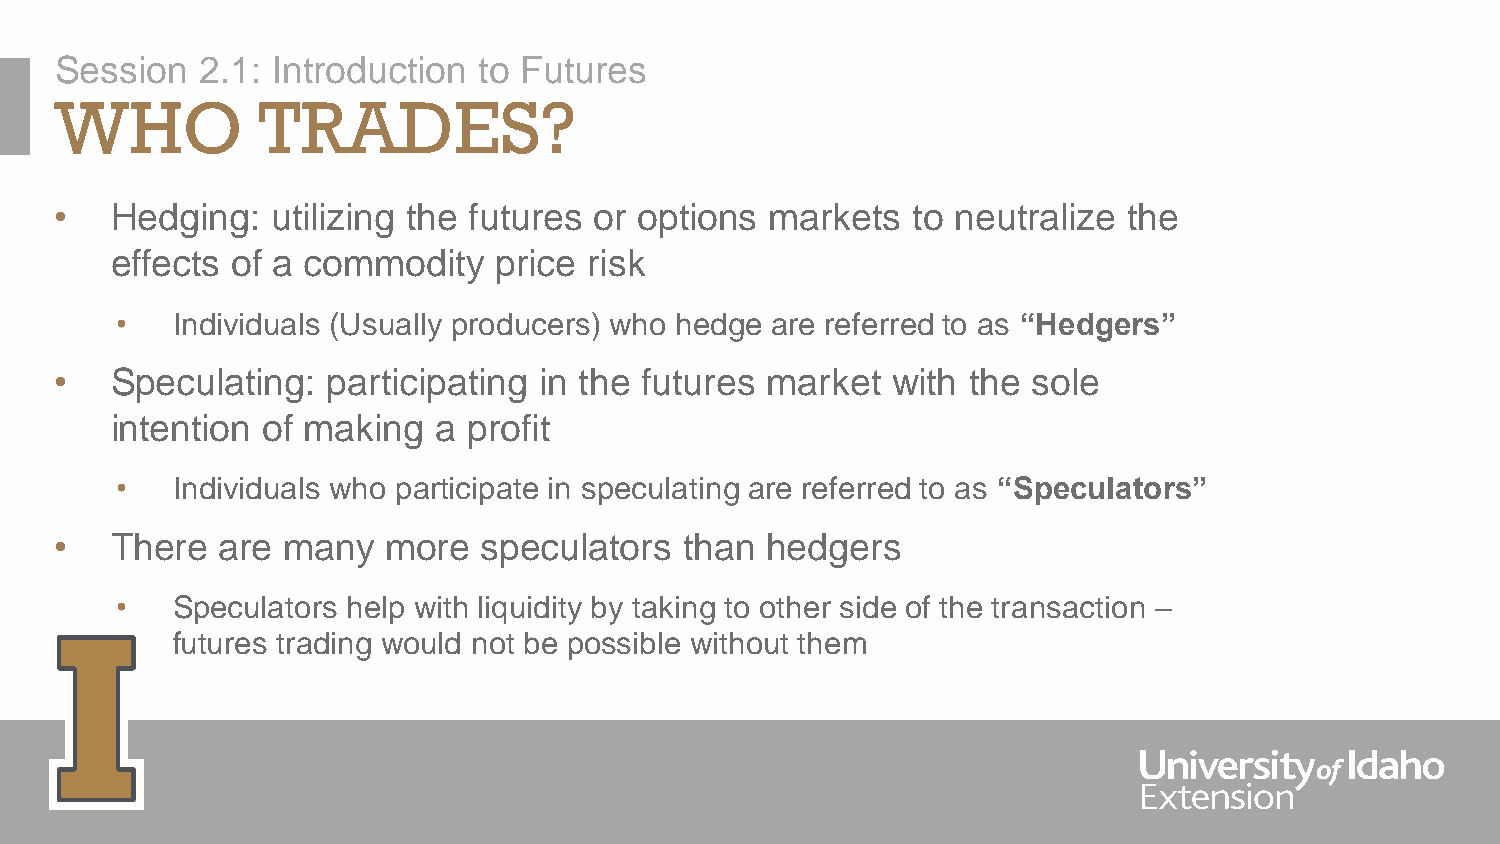
Session  2.1: Introduction  to Futures
 WHO          TRADES?
 •  Hedging:   utilizing the futures or options markets  to neutralize  the
 effects of a commodity    price risk
 •  Individuals (Usually producers) who hedge are referred to as “Hedgers”
 •  Speculating:   participating in the futures market  with the sole
 intention of making   a profit
 •  Individuals who participate in speculating are referred to as “Speculators”
 •  There  are  many   more  speculators  than  hedgers
 •  Speculators help with liquidity by taking to other side of the transaction –
 futures trading would not be possible without them